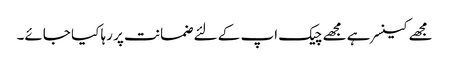
مجھے کینسر ہے مجھے چیک اپ کے لئے ضمانت پر رہا کیا جائے۔